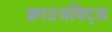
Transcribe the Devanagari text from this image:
क्लाउजविट्ज़